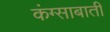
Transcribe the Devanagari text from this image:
कंग्साबाती